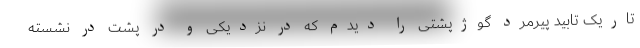
تاریک تابید پیرمرد گوژپشتی را دیدم که در نزدیکی و در پشت در نشسته